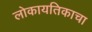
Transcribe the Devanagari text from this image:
लोकायतिकाचा